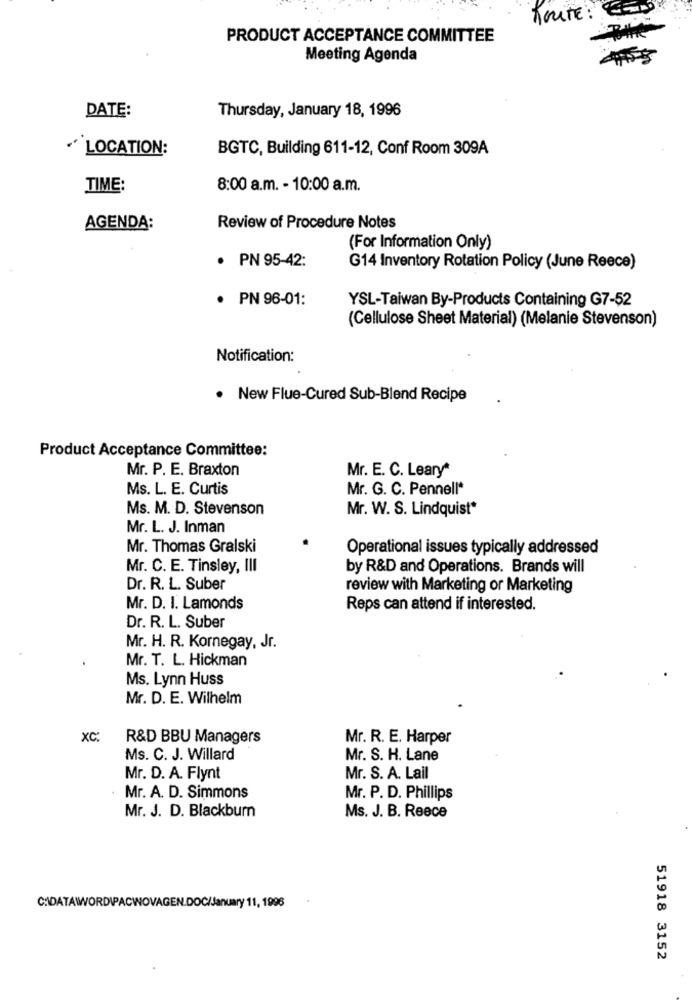
TOUTE : EEN
PRODUCT ACCEPTANCE COMMITTEE
Meeting Agenda
DATE:
Thursday, January 18, 1996
LOCATION:
BGTC, Building 611-12, Conf Room 309A
TIME:
8:00 a.m. - 10:00 a.m.
AGENDA:
Review of Procedure Notes
(For Information Only)
· PN 95-42:
G14 Inventory Rotation Policy (June Reece)
· PN 96-01:
YSL-Taiwan By-Products Containing G7-52
(Cellulose Sheet Material) (Melanie Stevenson)
Notification:
. New Flue-Cured Sub-Blend Recipe
Product Acceptance Committee:
Mr. P. E. Braxton
Mr. E. C. Leary*
Ms. L. E. Curtis
Mr. G. C. Pennell*
Ms. M. D. Stevenson
Mr. W. S. Lindquist*
Mr. L. J. Inman
Mr. Thomas Gralski
Operational issues typically addressed
Mr. C. E. Tinsley, III
by R&D and Operations. Brands will
Dr. R. L. Suber
review with Marketing or Marketing
Mr. D. I. Lamonds
Reps can attend if interested.
Dr. R. L. Suber
Mr. H. R. Kornegay, Jr.
Mr. T. L. Hickman
Ms. Lynn Huss
Mr. D. E. Wilhelm
XC:
R&D BBU Managers
Mr. R. E. Harper
Ms. C. J. Willard
Mr. S. H. Lane
Mr. D. A. Flynt
Mr. S. A. Lail
Mr. A. D. Simmons
Mr. P. D. Phillips
Mr. J. D. Blackburn
Ms. J. B. Reece
C:\DATAWORDIPACWOVAGEN.DOC/January 11, 1996
51918 3152